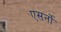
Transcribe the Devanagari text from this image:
एसर्नो